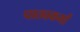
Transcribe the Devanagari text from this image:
पाठ्यकर्मों